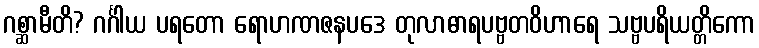
ဂစ္ဆာမီတိ? ဂင်္ဂါယ ပရတော ရောဟဏဇနပဒေ တုလာဓာရပဗ္ဗတဝိဟာရေ သဗ္ဗပရိယတ္တိကော